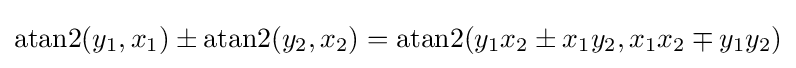
\operatorname {atan2} (y_{1},x_{1})\pm \operatorname {atan2} (y_{2},x_{2})=\operatorname {atan2} (y_{1}x_{2}\pm x_{1}y_{2},x_{1}x_{2}\mp y_{1}y_{2})